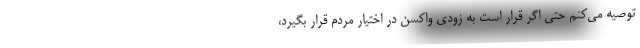
توصیه می‌کنم حتی اگر قرار است به زودی واکسن در اختیار مردم قرار بگیرد،